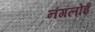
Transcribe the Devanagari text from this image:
नंगलोई